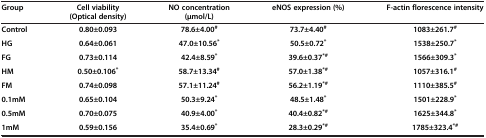
| Group | Cell viability (Optical density) | NO concentration (μmol/L) | eNOS expression (%) | F-actin florescence intensity |
 | --- | --- | --- | --- | --- |
 | Control | 0.80±0.093 | 78.6±4.00# | 73.7±4.40# | 1083±261.7# |
 | HG | 0.64±0.061 | 47.0±10.56* | 50.5±0.72* | 1538±250.7* |
 | FG | 0.73±0.114 | 42.4±8.59* | 39.6±0.37*# | 1566±309.3* |
 | HM | 0.50±0.106* | 58.7±13.34# | 57.0±1.38*# | 1057±316.1# |
 | FM | 0.74±0.098 | 57.1±11.24# | 56.2±1.19*# | 1110±385.5# |
 | 0.1mM | 0.65±0.104 | 50.3±9.24* | 48.5±1.48* | 1501±228.9* |
 | 0.5mM | 0.70±0.075 | 40.9±4.00* | 40.4±0.82*# | 1625±344.8* |
 | 1mM | 0.59±0.156 | 35.4±0.69* | 28.3±0.29*# | 1785±323.4*# |